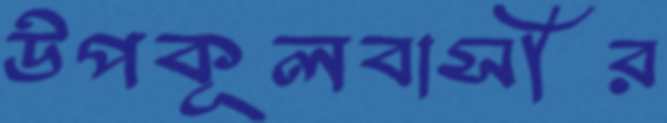
উপকূলবাসীর